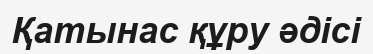
Қатынас құру әдісі